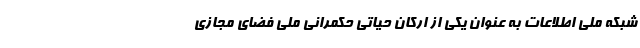
شبکه ملی اطلاعات به عنوان یکی از ارکان حیاتی حکمرانی ملی فضای مجازی